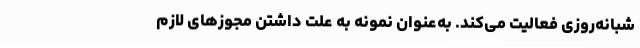
شبانه‌روزی فعالیت می‌کند. به‌عنوان نمونه به علت داشتن مجوزهای لازم